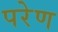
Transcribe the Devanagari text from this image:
परेण